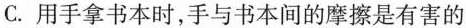
C.用手拿书本时，手与书本间的摩擦是有害的